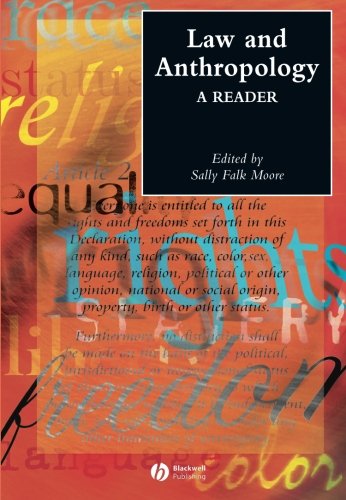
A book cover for Law and Anthropology: A Reader; Law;